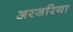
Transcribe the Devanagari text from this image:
अरजरिया